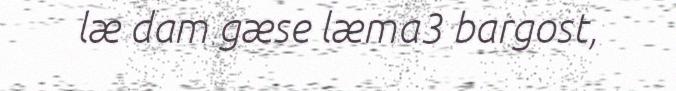
læ dam gæse læma3 bargost,